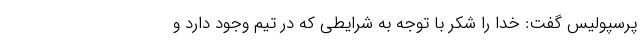
پرسپولیس گفت: خدا را شکر با توجه به شرایطی که در تیم وجود دارد و